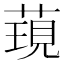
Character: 𮶯